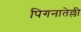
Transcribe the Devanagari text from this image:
पिगनातेल्ली